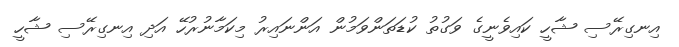
އިނގިރޭސި ޝާހީ ކައިވެނީގެ ވަގުތު ކުޑަތަންވަމުން އަންނައިރު މިކަމާނުރުހޭ އަދި އިނގިރޭސި ޝާހީ